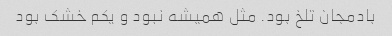
بادمجان تلخ بود. مثل همیشه نبود و یکم خشک بود